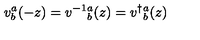
v _ { b } ^ { a } ( - z ) = v ^ { - 1 } { } _ { b } ^ { a } ( z ) = v ^ { \dagger } { } _ { b } ^ { a } ( z )